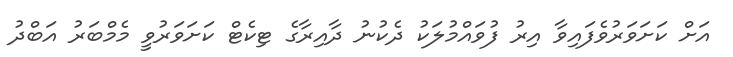
އަށް ކަށަވަރުވެފައިވާ އިރު ފުވައްމުލަކު ދެކުނު ދާއިރާގެ ޓިކެޓް ކަށަވަރުވީ މެމްބަރު އަބްދު